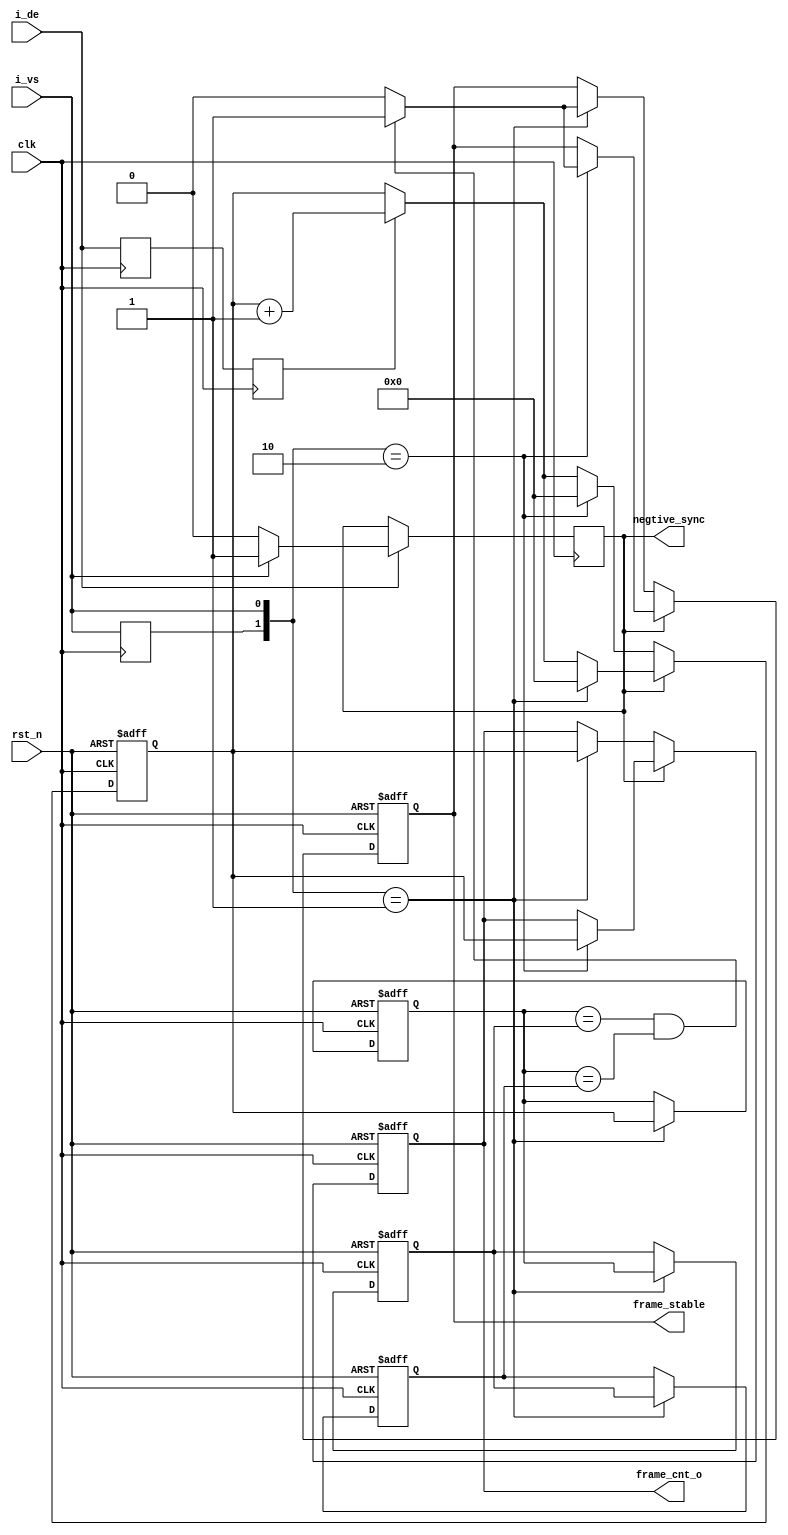


module frame_info_det(
input		wire															clk	,    
input		wire															rst_n,
input		wire															i_vs, //active hgih
input		wire															i_de, //active high

output	reg			[23:0]										frame_cnt_o,
output	reg																frame_stable,
output	reg																negtive_sync
);

  
  reg													vs_r0 = 1'b0;
  reg													de_r0 = 1'b0;
  reg													de_r1 = 1'b0;
  wire 												neg_vs;
  wire												pos_vs;
  reg						[1:0]					frame_num = 'd0;  
  reg						[23:0]				frame_cnt = 'd0; 
  reg						[23:0] 				frame_len_d0 = 'd0;
  reg						[23:0] 				frame_len_d1 = 'd0; 
  reg						[23:0] 				frame_len_d2 = 'd0; 

  always @( posedge clk )
  begin
		if( i_de ) begin
				if( i_vs )
						negtive_sync <= 1'b1;
				else
						negtive_sync = 1'b0;
		end 
	
  end 
  always @( posedge clk )
  begin
  		vs_r0 	<= i_vs;  		
  		de_r0 	<= i_de; 
  		de_r1 	<= de_r0;
  end
  assign neg_vs = {vs_r0,i_vs} == 2'b10;   //video start
  assign pos_vs = {vs_r0,i_vs} == 2'b01;	 //video end
  
  
  always @( posedge clk or negedge rst_n )
  begin
  			if( ~rst_n )
  					frame_cnt <= 'd0;
			else if( ~negtive_sync ) begin 
  				if( neg_vs )
  					frame_cnt <= 'd0;
  				else if( de_r1 )
  					frame_cnt <= frame_cnt + 1'b1;
			end else begin
				if( pos_vs )
  					frame_cnt <= 'd0;
  				else if( de_r1 )
  					frame_cnt <= frame_cnt + 1'b1;
			
			end 
  					
  end
  
  always @( posedge clk or negedge rst_n )
  begin
  		if( ~rst_n )
  				frame_cnt_o <= 'd0;
		else if( ~negtive_sync ) begin
  			if( pos_vs )
  				frame_cnt_o <= frame_cnt;
		end else begin
			if( neg_vs )
  				frame_cnt_o <= frame_cnt;
		end 
  end
  
  always @( posedge clk or negedge rst_n )
  begin
  		if( !rst_n ) begin
  				frame_len_d0 <= 'd0; 
  				frame_len_d1 <= 'd0; 
  				frame_len_d2 <= 'd0; 
  		end else if( pos_vs ) begin
  				frame_len_d0 <= frame_cnt;
  				frame_len_d1 <= frame_len_d0;
  				frame_len_d2 <= frame_len_d1;
  		end
  end
  
  always @( posedge clk or negedge rst_n )
  begin
  		if( !rst_n ) begin
  				frame_stable <= 1'b0;
		end else if( ~negtive_sync ) begin
  			if( pos_vs ) begin
  				if( frame_len_d0 == frame_len_d1 && frame_len_d0 == frame_len_d2 )
  						frame_stable <= 1'b1;
  				else
  						frame_stable <= 1'b0;
  			end
		end else begin
			if( neg_vs ) begin
  				if( frame_len_d0 == frame_len_d1 && frame_len_d0 == frame_len_d2 )
  						frame_stable <= 1'b1;
  				else
  						frame_stable <= 1'b0;
  			end
		end 
  end
  


endmodule